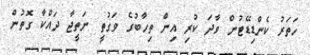
ހަތަރު ކެންޑިޑޭޓުން ވާދަ ކުރި އިން ތިހާބުގެ ވަގުތީ ނަތީޖާ ދައްކާ ގޮތުން